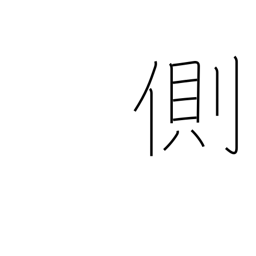
Meaning: oppose